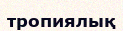
тропиялық